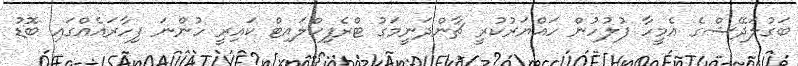
ބަގުލަދޭޝްގެ އެމީހާ ފުލުހުން ހައްޔަރުކުރީ ޗާންދަނީމަގު ޓްރެފިކްލައިޓް ކައިރީ ހުންނަ ފިހާރައެއްގައި ބޮޑު